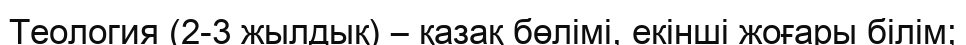
Теология (2-3 жылдық) – қазақ бөлімі, екінші жоғары білім;